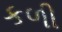
કળી